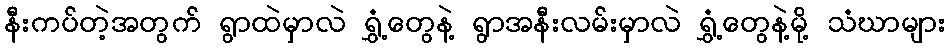
နီးကပ်တဲ့အတွက် ရွာထဲမှာလဲ ရွှံ့တွေနဲ့ ရွာအနီးလမ်းမှာလဲ ရွှံ့တွေနဲ့မို့ သံဃာများ